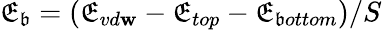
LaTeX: \mathfrak{E}_{\mathfrak{b}}=(\mathfrak{E}_{vd\mathbf{w}}-\mathfrak{E}_{top}-\mathfrak{E}_{\mathfrak{b}ottom})/S